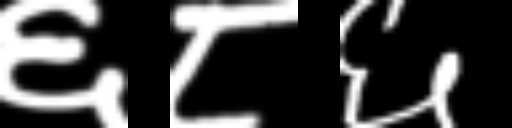
Text: ६८६